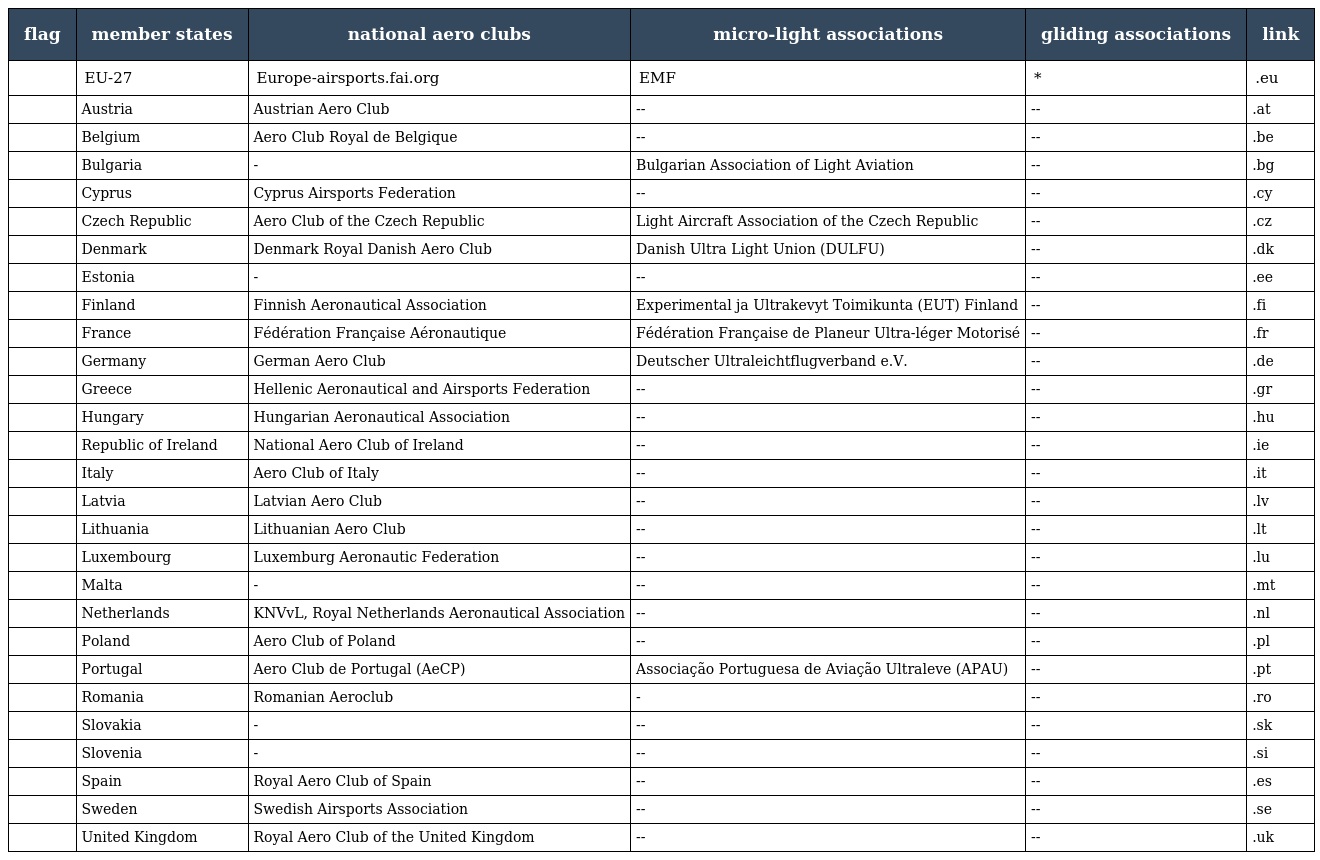
| flag | member states | national aero clubs | micro-light associations | gliding associations | link |
 | --- | --- | --- | --- | --- | --- |
 |  | EU-27 | Europe-airsports.fai.org | EMF | * | .eu |
 |  | Austria | Austrian Aero Club | -- | -- | .at |
 |  | Belgium | Aero Club Royal de Belgique | -- | -- | .be |
 |  | Bulgaria | - | Bulgarian Association of Light Aviation | -- | .bg |
 |  | Cyprus | Cyprus Airsports Federation | -- | -- | .cy |
 |  | Czech Republic | Aero Club of the Czech Republic | Light Aircraft Association of the Czech Republic | -- | .cz |
 |  | Denmark | Denmark Royal Danish Aero Club | Danish Ultra Light Union (DULFU) | -- | .dk |
 |  | Estonia | - | -- | -- | .ee |
 |  | Finland | Finnish Aeronautical Association | Experimental ja Ultrakevyt Toimikunta (EUT) Finland | -- | .fi |
 |  | France | Fédération Française Aéronautique | Fédération Française de Planeur Ultra-léger Motorisé | -- | .fr |
 |  | Germany | German Aero Club | Deutscher Ultraleichtflugverband e.V. | -- | .de |
 |  | Greece | Hellenic Aeronautical and Airsports Federation | -- | -- | .gr |
 |  | Hungary | Hungarian Aeronautical Association | -- | -- | .hu |
 |  | Republic of Ireland | National Aero Club of Ireland | -- | -- | .ie |
 |  | Italy | Aero Club of Italy | -- | -- | .it |
 |  | Latvia | Latvian Aero Club | -- | -- | .lv |
 |  | Lithuania | Lithuanian Aero Club | -- | -- | .lt |
 |  | Luxembourg | Luxemburg Aeronautic Federation | -- | -- | .lu |
 |  | Malta | - | -- | -- | .mt |
 |  | Netherlands | KNVvL, Royal Netherlands Aeronautical Association | -- | -- | .nl |
 |  | Poland | Aero Club of Poland | -- | -- | .pl |
 |  | Portugal | Aero Club de Portugal (AeCP) | Associação Portuguesa de Aviação Ultraleve (APAU) | -- | .pt |
 |  | Romania | Romanian Aeroclub | - | -- | .ro |
 |  | Slovakia | - | -- | -- | .sk |
 |  | Slovenia | - | -- | -- | .si |
 |  | Spain | Royal Aero Club of Spain | -- | -- | .es |
 |  | Sweden | Swedish Airsports Association | -- | -- | .se |
 |  | United Kingdom | Royal Aero Club of the United Kingdom | -- | -- | .uk |